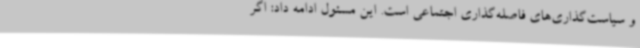
و سیاست‌گذاری‌های فاصله‌گذاری اجتماعی است. این مسئول ادامه داد: اگر